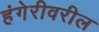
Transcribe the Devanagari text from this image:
हंगेरीवरील